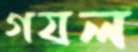
গযল